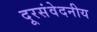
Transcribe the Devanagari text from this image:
दूरसंवेदनीय